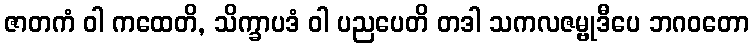
ဇာတကံ ဝါ ကထေတိ, သိက္ခာပဒံ ဝါ ပညပေတိ တဒါ သကလဇမ္ဗုဒီပေ ဘဂဝတော